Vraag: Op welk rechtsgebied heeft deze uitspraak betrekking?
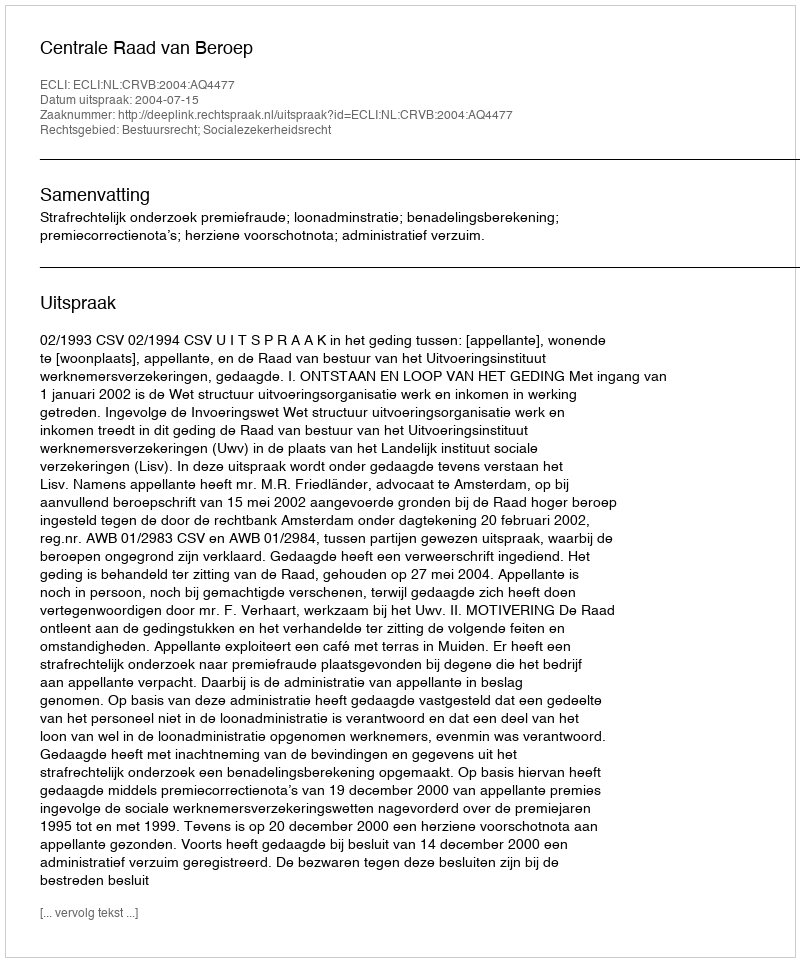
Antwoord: Bestuursrecht; Socialezekerheidsrecht